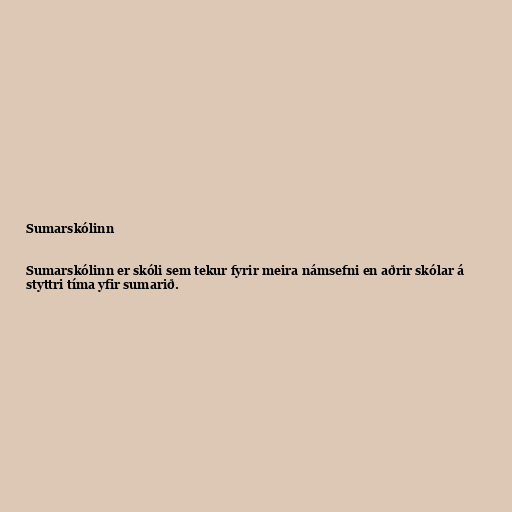
Sumarskólinn

Sumarskólinn er skóli sem tekur fyrir meira námsefni en aðrir skólar á
styttri tíma yfir sumarið.